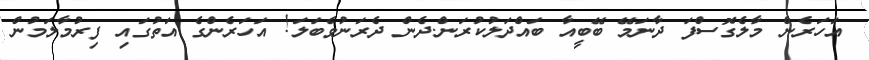
އަހަރެން މާލެގޮސްފަ ދާނަމޭ ބޭބީއާ ބައްދަލުކުރަން.ދެން ދެރަނުވެބަލަ! އަހަރެންގެ އަތުގައި ފިރުމާލަމުން